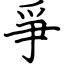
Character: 爭